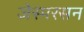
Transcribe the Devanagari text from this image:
जेस्परसन